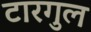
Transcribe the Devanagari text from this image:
टारगुल